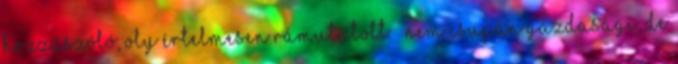
hozzászóló, oly értelmesen rámutatott – nem csupán gazdasági, de